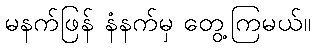
မနက်ဖြန် နံနက်မှ တွေ့ကြမယ်။